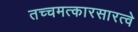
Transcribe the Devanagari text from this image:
तच्चमत्कारसारत्वे